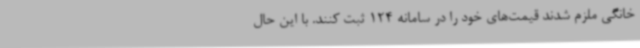
خانگی ملزم شدند قیمت‌های خود را در سامانه 124 ثبت کنند. با این حال